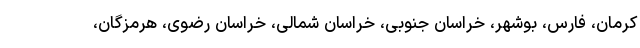
کرمان، فارس، بوشهر، خراسان جنوبی، خراسان شمالی، خراسان رضوی، هرمزگان،